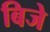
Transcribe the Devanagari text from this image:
बिजे